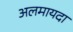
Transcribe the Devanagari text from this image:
अलमायदा